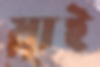
স্লাই